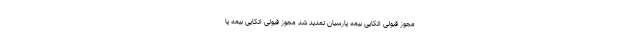
مجوز قبولی اتکایی بیمه پارسیان تمدید شد مجوز قبولی اتکایی بیمه پا